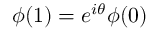
\phi ( 1 ) = e ^ { i \theta } \phi ( 0 )